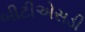
બીટીએસડી